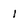
Character: I